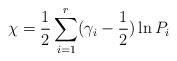
LaTeX: \begin{align*}\chi = \frac12 \sum^r_{i=1} (\gamma_i - \frac12) \ln P_i \end{align*}